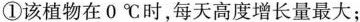
①该植物在0℃时，每天高度增长量最大；